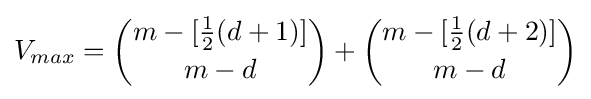
V_{max}={m-[{\frac {1}{2}}(d+1)] \choose m-d}+{m-[{\frac {1}{2}}(d+2)] \choose m-d}